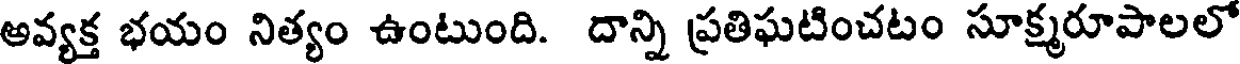
అవ్యక్త భయం నిత్యం ఉంటుంది. దాన్ని ప్రతిఘటించటం సూక్ష్మరూపాలలో